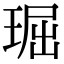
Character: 㻕